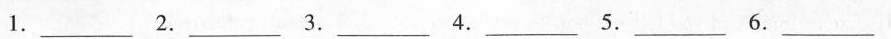
1._________2._________ 3._________ 4._________5._________6. _________